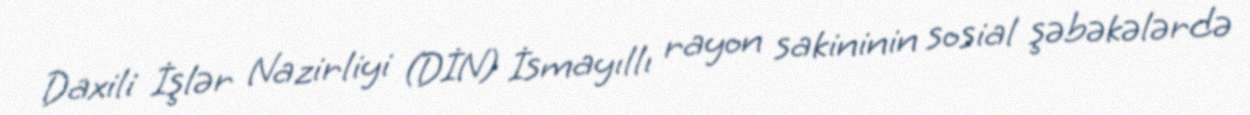
Daxili İşlər Nazirliyi (DİN) İsmayıllı rayon sakininin sosial şəbəkələrdə